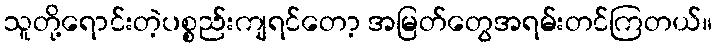
သူတို့ရောင်းတဲ့ပစ္စည်းကျရင်တော့ အမြတ်တွေအရမ်းတင်ကြတယ်။